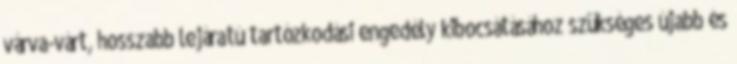
várva-várt, hosszabb lejáratú tartózkodási engedély kibocsátásához szükséges újabb és